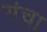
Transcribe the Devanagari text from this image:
गंचा